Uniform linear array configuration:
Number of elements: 64
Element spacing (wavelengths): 0.75
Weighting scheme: hamming
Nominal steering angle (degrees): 45
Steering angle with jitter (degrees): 44.16
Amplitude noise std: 0.05
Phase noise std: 0.05

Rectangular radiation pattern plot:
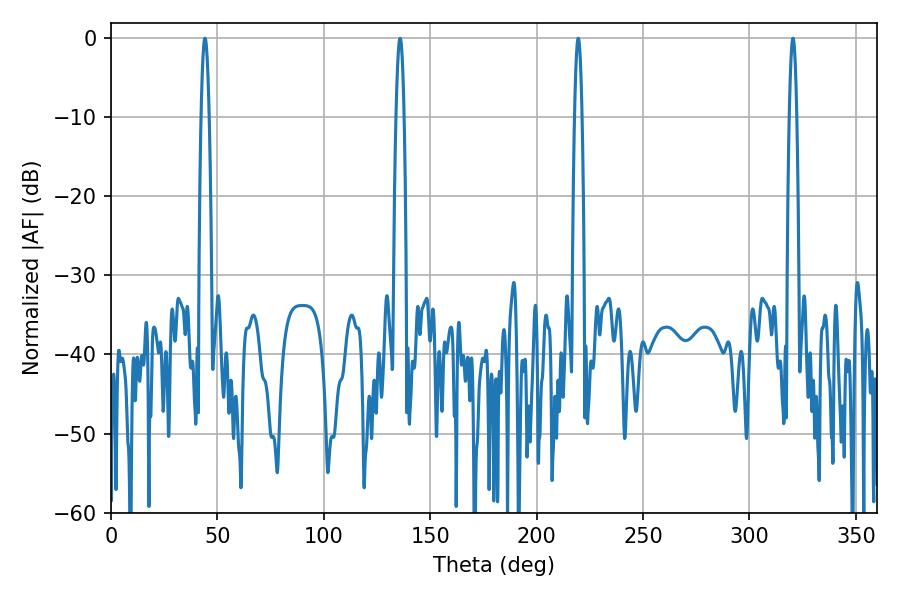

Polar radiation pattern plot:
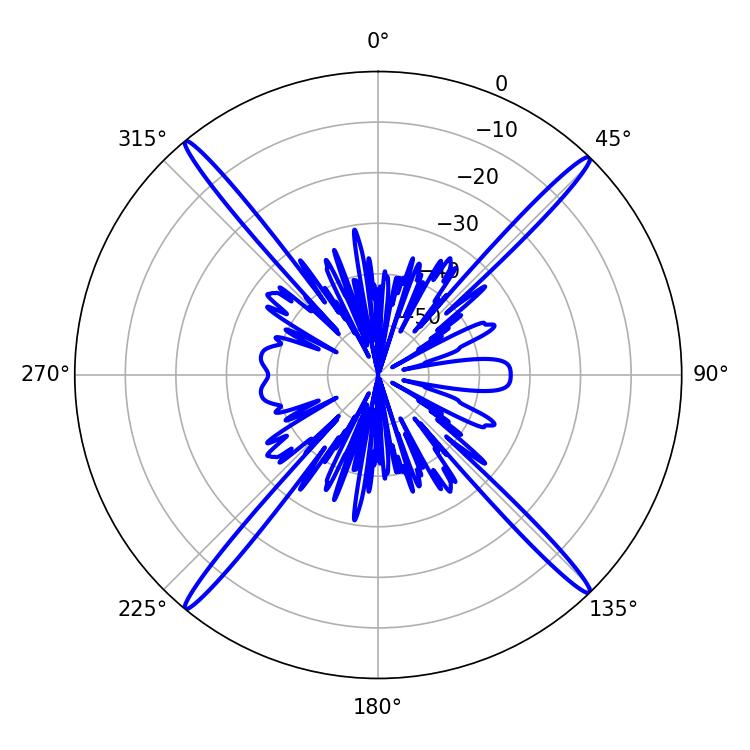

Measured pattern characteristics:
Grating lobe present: TRUE
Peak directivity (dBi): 23.782
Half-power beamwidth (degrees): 1.98
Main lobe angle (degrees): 44.1